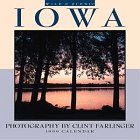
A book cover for Cal 99 Wild & Scenic Iowa Calendar; Travel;